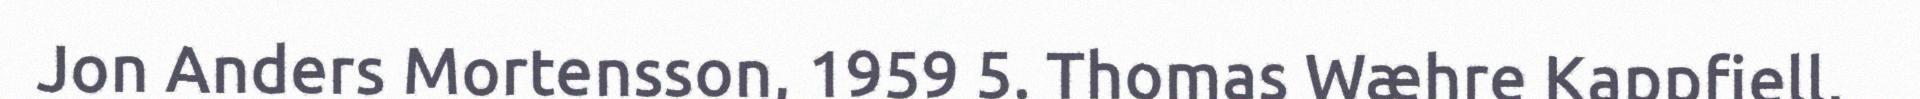
Jon Anders Mortensson, 1959 5. Thomas Wæhre Kappfjell,